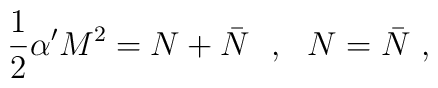
\frac{1}{2}\alpha' M^2=N+\bar{N}\ \ ,\ \ N=\bar{N}\ ,